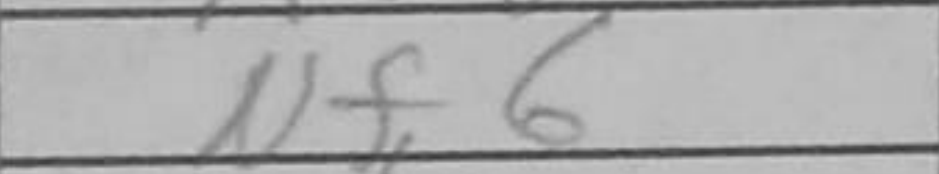
Transcription: Nf6